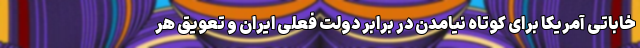
خاباتی آمریکا برای کوتاه نیامدن در برابر دولت فعلی ایران و تعویق هر